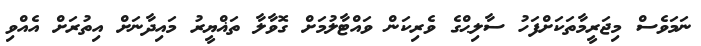
ނަމަވެސް މިޖަރީމާތަކަށްފަހު ސާލިޙްގެ ވެރިކަން ވައްޓާލުމަށް ގޮވާލާ ތަޣްޔީރު މައިދާނަށް އިތުރަށް އެއްވި